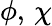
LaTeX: \phi,\, \chi